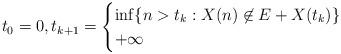
LaTeX: \begin{align*}t_0 = 0, t_{k+1} = \begin{cases} \inf\{ n > t_k : X(n) \not\in E + X(t_k)\} &\\ +\infty & \end{cases} \end{align*}